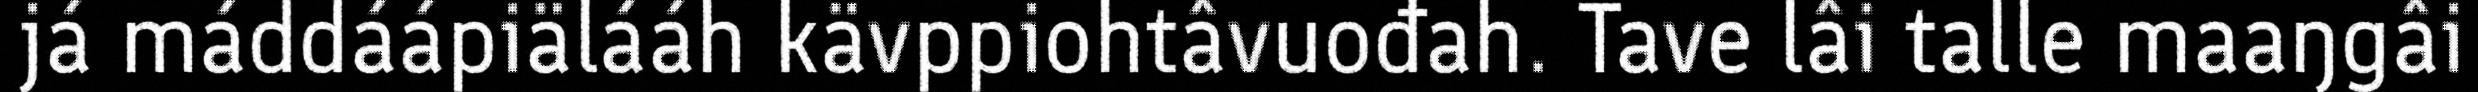
já máddáápiälááh kävppiohtâvuođah. Tave lâi talle maaŋgâi